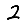
Digit: 2